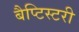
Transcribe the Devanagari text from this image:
बैप्टिस्टरी